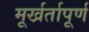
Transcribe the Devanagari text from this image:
मूर्खर्तापूर्ण